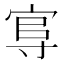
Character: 𡬮